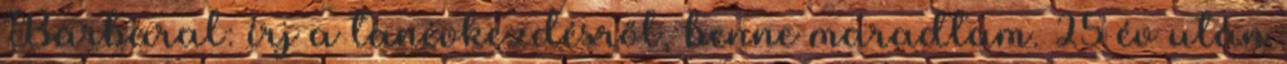
Barbaral: írj a tanévkezdésről, benne maradtam. 25 év után